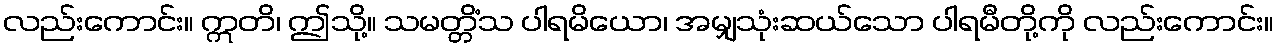
လည်းကောင်း။ ဣတိ၊ ဤသို့။ သမတ္တိံသ ပါရမိယော၊ အမျှသုံးဆယ်သော ပါရမီတို့ကို လည်းကောင်း။